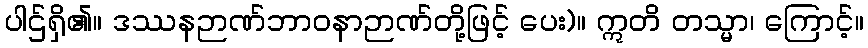
ပါဌ်ရှိ၏။ ဒဿနဉာဏ်ဘာဝနာဉာဏ်တို့ဖြင့် ပေး)။ ဣတိ တသ္မာ၊ ကြောင့်။